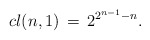
\begin{align*}cl(n,1) \,=\, 2^{2^{n-1}-n}.\end{align*}